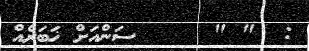
:  " "     ސަންއަށް ޚަބަރެއް